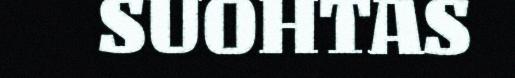
SUOHTAS